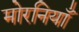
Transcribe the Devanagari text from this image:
मोरनियाँ